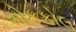
મોકકોલ